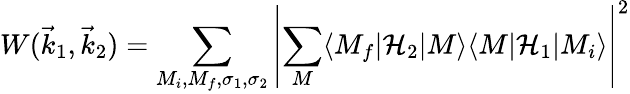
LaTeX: W({\vec{k}}_{1},{\vec{k}}_{2})=\sum_{M_{i},M_{f},\sigma_{1},\sigma_{2}}\left|\sum_{M}\langle M_{f}|{\mathcal{H}}_{2}|M\rangle\langle M|{\mathcal{H}}_{1}|M_{i}\rangle\right|^{2}